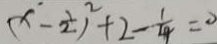
( x ^ { \cdot } - \frac { 1 } { 2 } ) ^ { 2 } + 2 - \frac { 1 } { 4 } = 0